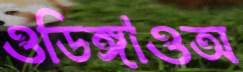
ওডিঙ্গাওঅ